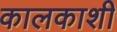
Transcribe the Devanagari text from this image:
कालकाशी